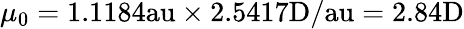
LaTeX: \mu_{0}=1.1184\mathrm{au}\times 2.5417\mathrm{D}/\mathrm{au}=2.84\mathrm{D}